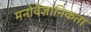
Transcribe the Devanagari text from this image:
मनोवैज्ञानिकता